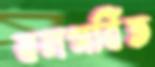
বলগর্বিত